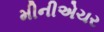
મીનીએચર